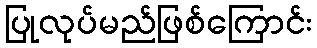
ပြုလုပ်မည်ဖြစ်ကြောင်း